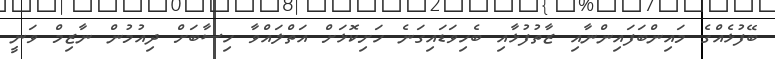
ބޭފުޅެއްގެ މައިންބަފައިންނާއި ޒާތުފުޅާއި ބެހިވަޑައިގަނެ ހަށިކޮޅަށް އަތްލައްވާ ހިސާބަށް ދިއުމުން ނާޒިމް ވަނީ